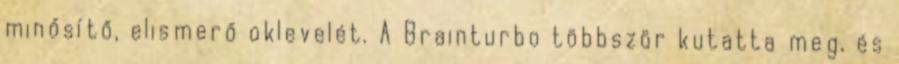
minősítő, elismerő oklevelét. A Brainturbo többször kutatta meg, és